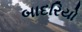
બાદરિયો